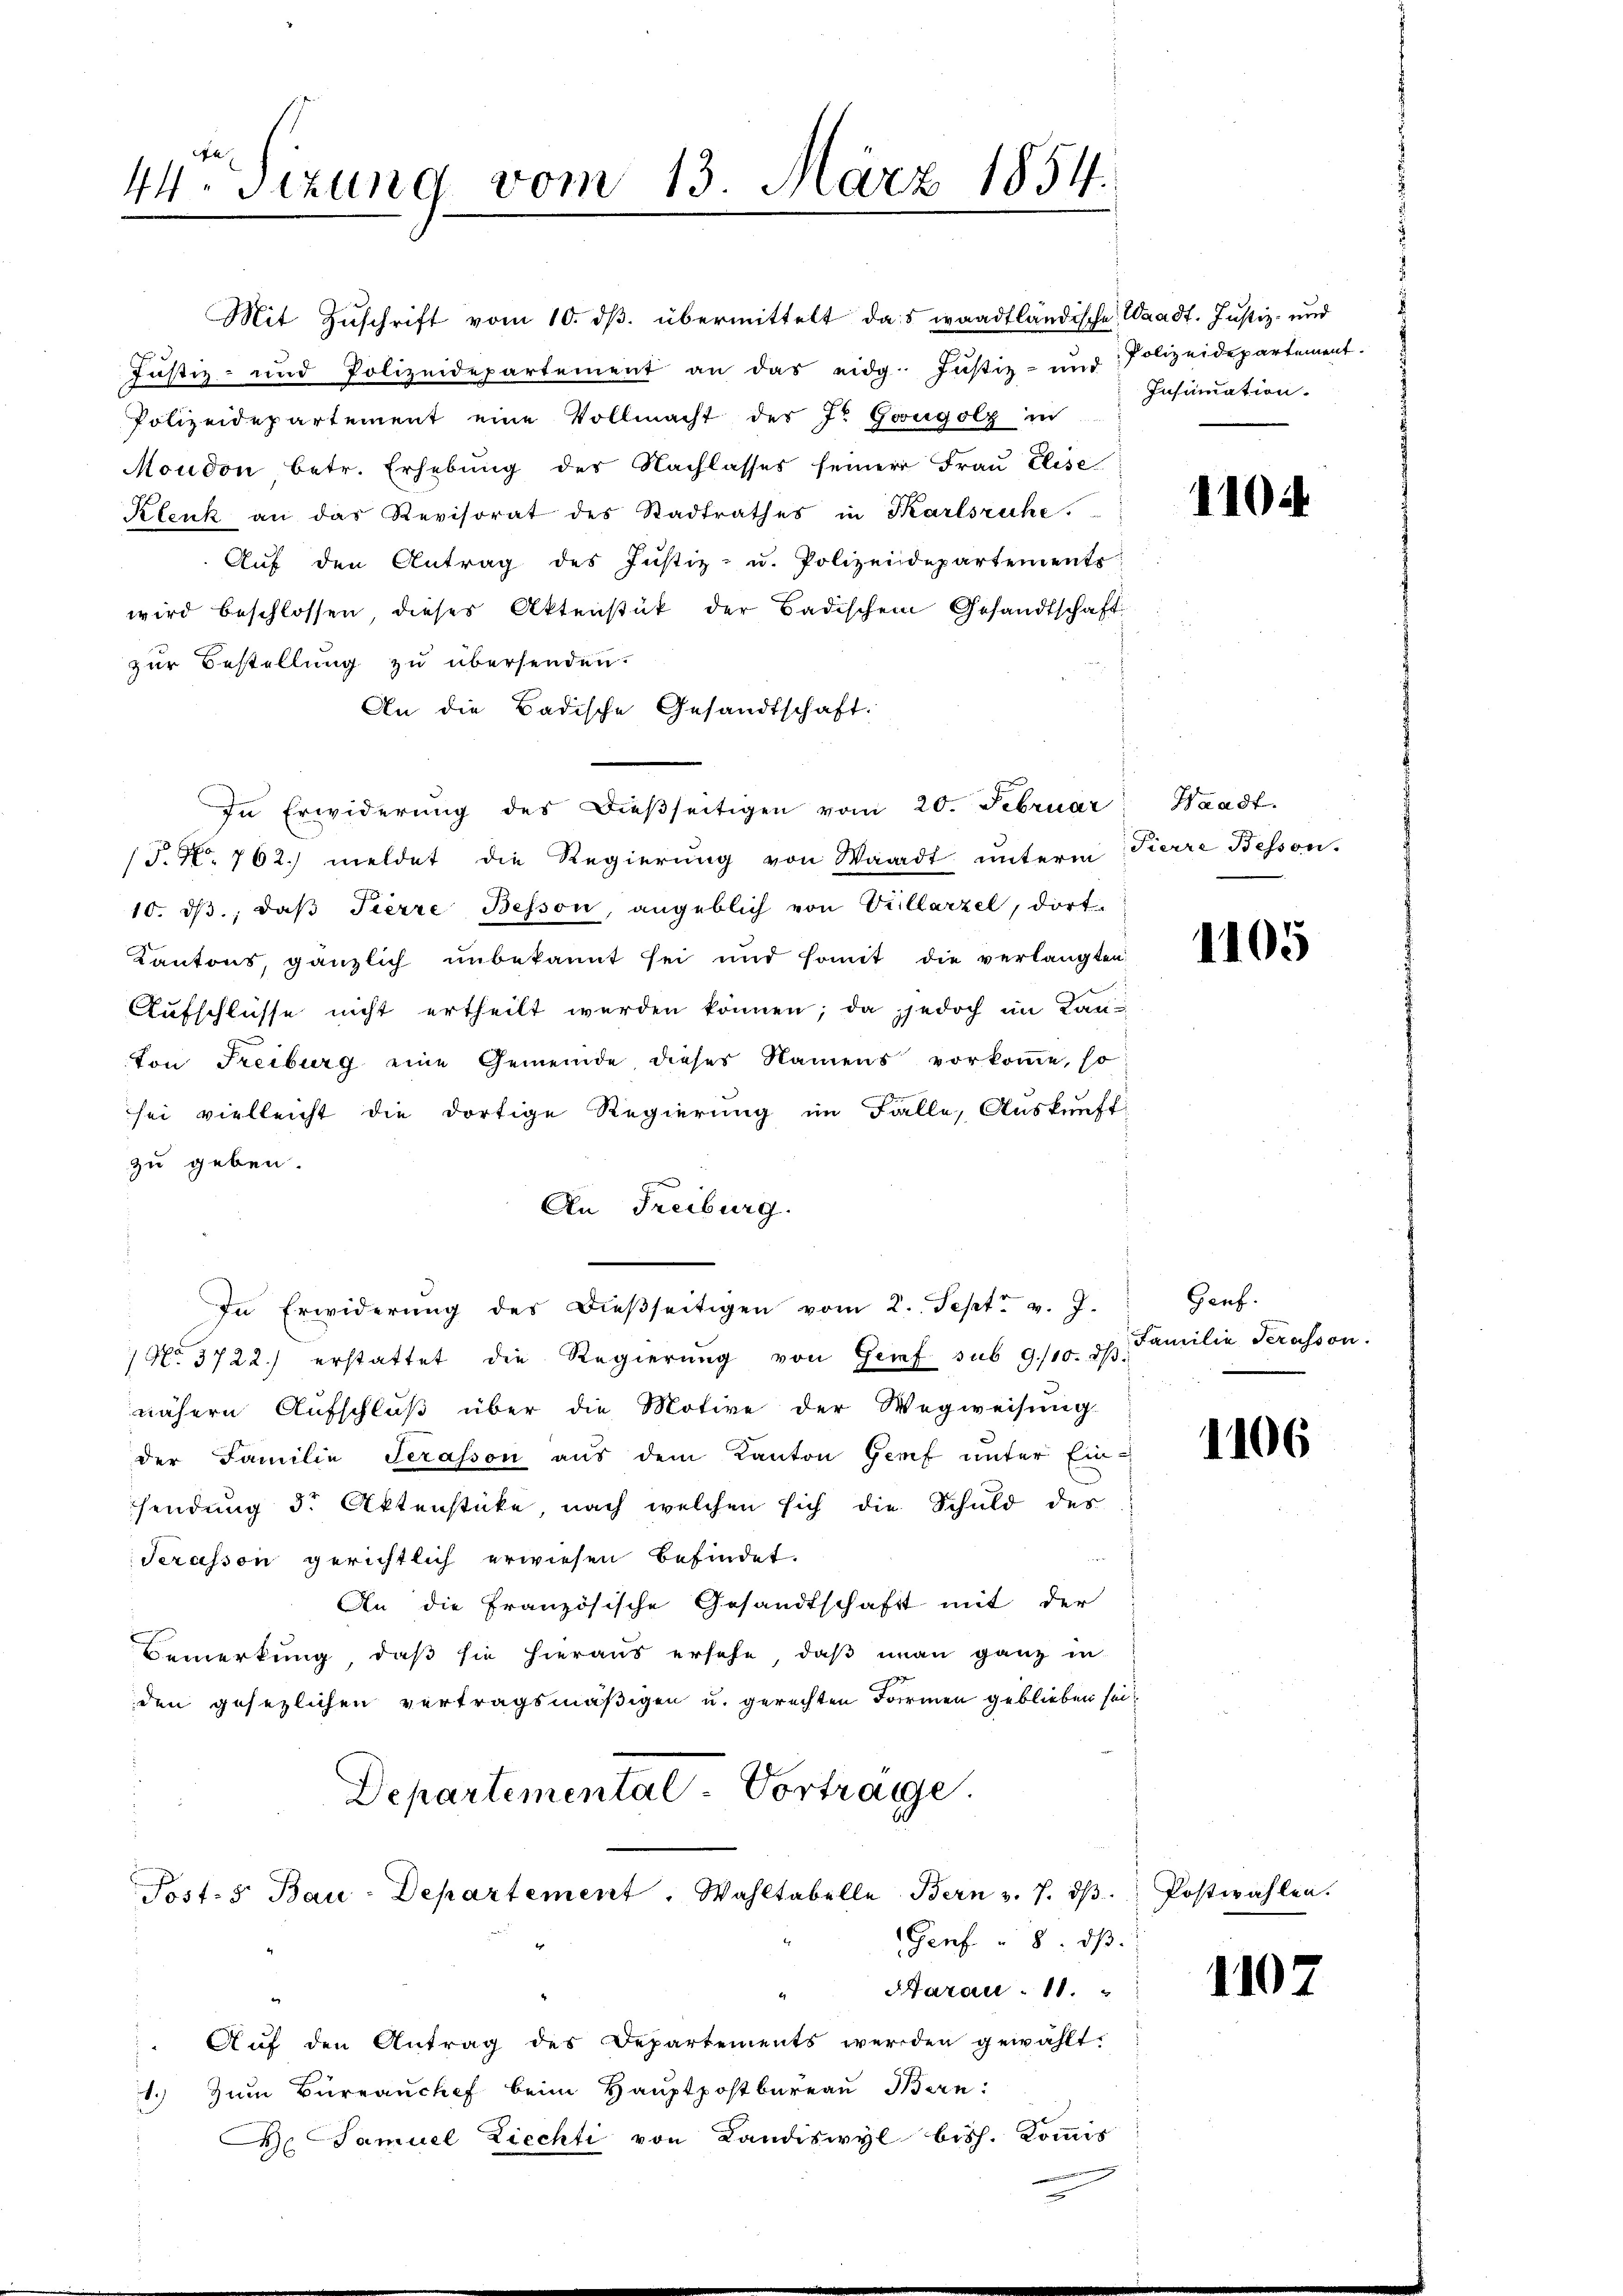
44 Sizung vom 13. März 1854.

Mit Zuschrift vom 10. ds. übermittelt das waadtländische Waadt. Justiz- und
Justiz- und Polizeidepartement an das eidg. Justiz- und Polizeidepartement.
Polizeidepartement eine Vollmacht der J. Gugolz in
Moudon betr. Erhebung des Nachlasses seiner Frau Elise
Klenk an das Revisorat des Stadtrathes in Karlsruhe.
Auf den Antrag des Justiz- u. Polizeidepartements
wird beschlossen, dieses Aktenstück der Badischem Gesandtschaft
zur Bestellung zu übersenden.
An die Badische Gesandtschaft.
In Erwiderung des dießseitigen vom 20. Februar
/T. No. 762. meldet die Regierung von Waadt unterm
10. dβ, daß Fierre Besson, angeblich von Villarzel, dort
Kantons, gänzlich unbekannt sei und somit die verlangten
Aufschlüsse nicht ertheilt werden können; da jedoch im Lanton Freiburg eine Gemeinde dieses Namens vorkomme, so
sei vielleicht die dortige Regierung im Falle, Auskunft
zu geben.
An Freiburg.
In Erwiderŭng des dieβseitigen vom 2. Sept. v. J.
No. 3722.) erstattet die Regierŭng von Genf sub 9/10. dβ
nähere Aufschluß über die Motive der Wegweisŭng.
der Familie Serasson aus dem Kanton Genf unter Ein-
sendung der Aktenstücke, nach welchen sich die Schuld des
Serasson gerichtlich erwiesen befindet.
An die französische Gesandtschaft mit der
Bemerkung, daß sie hieraus ersehe, daß man ganz in
den gesezlichen vertragsmäßigen u. gerechten Formen geblieben sei
Departemental-Vortrage.
Post- 5. Bau-Departement. Wahltabelle Bern v. 7. dβ
Genf u. 8. dβ.
Aarau 11.
Aŭf den Antrag des Departements werden gewählt.
1. Zum Büreaŭchef beim Hauptpostbureau Bern:
De Samuel Ziechti von Landiswyl bish. Kommis

Insinuation.

1104.

Waadt.
Pierre Bessen.

1105

Genf.
Familie Serasson.

1106

Postwahlen.

1102